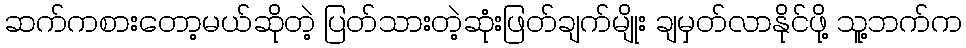
ဆက်ကစားတော့မယ်ဆိုတဲ့ ပြတ်သားတဲ့ဆုံးဖြတ်ချက်မျိုး ချမှတ်လာနိုင်ဖို့ သူ့ဘက်က